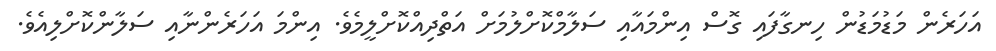
އަހަރެން މަޑުމަޑުން ހިނގާފައި ގޮސް އިންމައާއި ސަލާމްކޮށްލުމަށް އަތްދިއްކޮށްލީމެވެ. އިންމަ އަހަރެންނާއި ސަލާންކޮށްލިއެވެ.